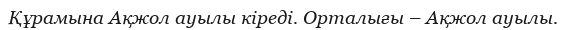
Құрамына Ақжол ауылы кіреді. Орталығы – Ақжол ауылы.